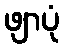
ဖျာပုံ